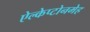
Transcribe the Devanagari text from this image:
ऐल्केप्टोनमेह